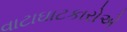
વાટાઘાટકારોએ